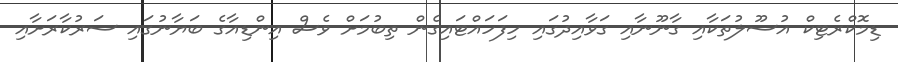
ޑިމޮކްރެޓިކް އުސޫލުތަކާއި ގާނޫނާއި ގަވާއިދުގައި ހިފަހައްޓައިގެން ތިބުމަށް ވެސް އިންޑިއާގެ ބަޔާނުގައި ސަރުކާރަށާއި